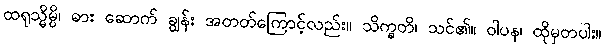
ထရုသ္မိမ္ပိ၊ ဓား ဆောက် ချွန်း အတတ်ကြောင့်လည်း။ သိက္ခတိ၊ သင်၏။ ဝါပန၊ ထိုမှတပါး။